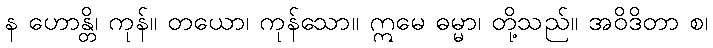
န ဟောန္တိ၊ ကုန်။ တယော၊ ကုန်သော။ ဣမေ ဓမ္မာ၊ တို့သည်။ အဝိဒိတာ စ၊